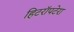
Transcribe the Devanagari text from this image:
हिटरॉपटेरा